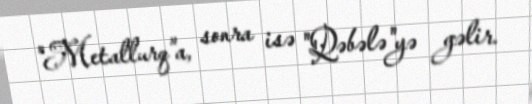
"Metallurq"a, sonra isə "Qəbələ"yə gəlir.